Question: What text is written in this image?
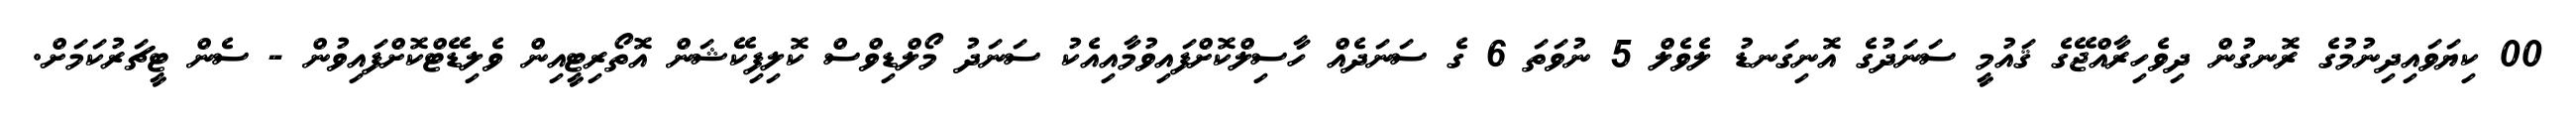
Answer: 00 ކިޔަވައިދިނުމުގެ ރޮނގުން ދިވެހިރާއްޖޭގެ ޤައުމީ ސަނަދުގެ އޮނިގަނޑު ލެވެލް 5 ނުވަތަ 6 ގެ ސަނަދެއް ހާސިލްކޮށްފައިވުމާއިއެކު ސަނަދު މޯލްޑިވްސް ކޮލިފިކޭޝަން އޮތޯރިޓީއިން ވެލިޑޭޓްކޮށްފައިވުން - ސެން ޓީޗަރުކަމަށް.